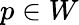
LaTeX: p\in W